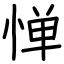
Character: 惮